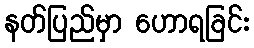
နတ်ပြည်မှာ ဟောရခြင်း